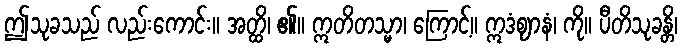
ဤသုခသည် လည်းကောင်း။ အတ္ထိ၊ ၏။ ဣတိတသ္မာ၊ ကြောင့်။ ဣဒံဈာနံ၊ ကို။ ပီတိသုခန္တိ၊